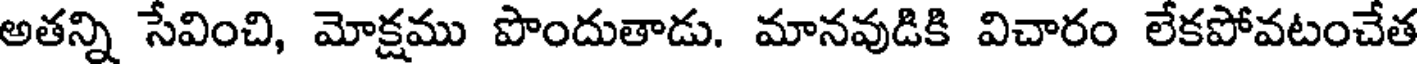
అతన్ని సేవించి, మోక్షము పొందుతాడు. మానవుడికి విచారం లేకపోవటంచేత